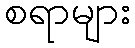
စရာများ